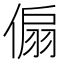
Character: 傓